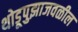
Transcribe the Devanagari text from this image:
थोडूपुझाजवळील